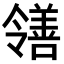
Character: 𫅜